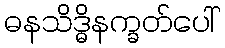
ဓနသိဒ္ဓိနက္ခတ်ပေါ်